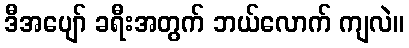
ဒီအပျော် ခရီးအတွက် ဘယ်လောက် ကျလဲ။